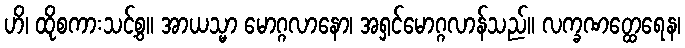
ဟိ၊ ထိုစကားသင့်စွ။ အာယသ္မာ မောဂ္ဂလာနော၊ အရှင်မောဂ္ဂလာန်သည်။ လက္ခဏတ္ထေရေန၊